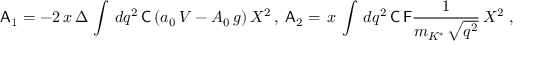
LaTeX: { \sf A } _ { 1 } = \displaystyle - 2 \, x \, \Delta \, \int \, d q ^ { 2 } \, { \sf C } \, ( { a _ { 0 } \, V - A _ { 0 } \, g } ) \, X ^ { 2 } \, , \; { \sf A } _ { 2 } = \displaystyle \, x \, \int \, d q ^ { 2 } \, { \sf C } \, { \sf F } \frac { 1 } { m _ { K ^ { * } } \, \sqrt { q ^ { 2 } } } \, X ^ { 2 } \; ,